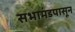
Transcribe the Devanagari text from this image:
सभामंडपासून